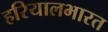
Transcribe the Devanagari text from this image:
हरियालभारत